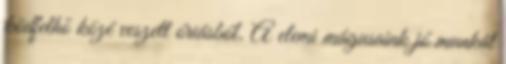
ködfelhő közé veszett óriásból. A elemi mágusaink jó munkát